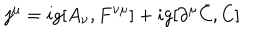
j ^ { \mu } = i g [ A _ { \nu } , F ^ { \nu \mu } ] + i g [ \partial ^ { \mu } \bar { C } , C ]